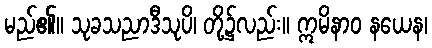
မည်၏။ သုခသညာဒီသုပိ၊ တို့၌လည်း။ ဣမိနာဝ နယေန၊